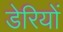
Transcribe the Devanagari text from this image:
डेरियों